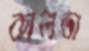
কালভা